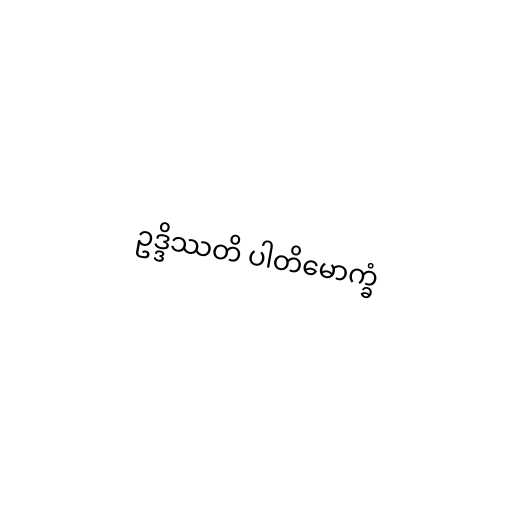
ဥဒ္ဒိဿတိ ပါတိမောက္ခံ